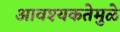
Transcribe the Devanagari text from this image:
आवश्यकतेमुळे